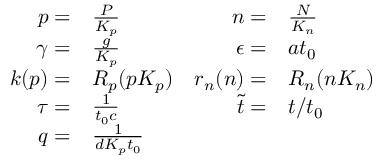
\begin{array} { r l r l } { p = } & { \frac { P } { K _ { p } } } & { n = } & { \frac { N } { K _ { n } } } \\ { \gamma = } & { \frac { g } { K _ { p } } } & { \epsilon = } & { a t _ { 0 } } \\ { k ( p ) = } & { R _ { p } ( p K _ { p } ) } & { r _ { n } ( n ) = } & { R _ { n } ( n K _ { n } ) } \\ { \tau = } & { \frac { 1 } { t _ { 0 } c } } & { \tilde { t } = } & { t / t _ { 0 } } \\ { q = } & { \frac { 1 } { d K _ { p } t _ { 0 } } } \end{array}